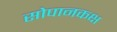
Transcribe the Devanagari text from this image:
सोपानकक्ष